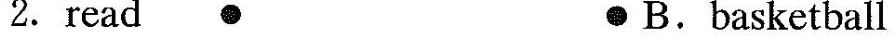
2.read ●● B.basketball